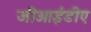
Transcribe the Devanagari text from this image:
जीआईडीए